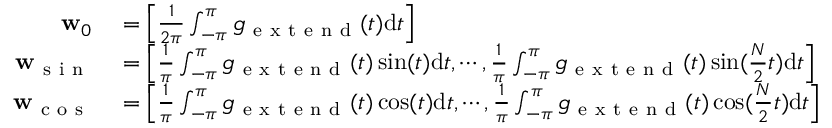
\begin{array} { r l } { \mathbf { w } _ { 0 } } & { { } = \Big [ \frac { 1 } { 2 \pi } \int _ { - \pi } ^ { \pi } g _ { \mathrm { ~ e ~ x ~ t ~ e ~ n ~ d ~ } } ( t ) \mathrm { d } t \Big ] } \\ { \mathbf { w } _ { \mathrm { ~ s ~ i ~ n ~ } } } & { { } = \Big [ \frac { 1 } { \pi } \int _ { - \pi } ^ { \pi } g _ { \mathrm { ~ e ~ x ~ t ~ e ~ n ~ d ~ } } ( t ) \sin ( t ) \mathrm { d } t , \cdots , \frac { 1 } { \pi } \int _ { - \pi } ^ { \pi } g _ { \mathrm { ~ e ~ x ~ t ~ e ~ n ~ d ~ } } ( t ) \sin ( \frac { N } { 2 } t ) \mathrm { d } t \Big ] } \\ { \mathbf { w } _ { \mathrm { ~ c ~ o ~ s ~ } } } & { { } = \Big [ \frac { 1 } { \pi } \int _ { - \pi } ^ { \pi } g _ { \mathrm { ~ e ~ x ~ t ~ e ~ n ~ d ~ } } ( t ) \cos ( t ) \mathrm { d } t , \cdots , \frac { 1 } { \pi } \int _ { - \pi } ^ { \pi } g _ { \mathrm { ~ e ~ x ~ t ~ e ~ n ~ d ~ } } ( t ) \cos ( \frac { N } { 2 } t ) \mathrm { d } t \Big ] . } \end{array}